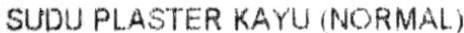
SUDU PLASTER KAYU (NORMAL)